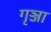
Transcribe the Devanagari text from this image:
गृञ्जा